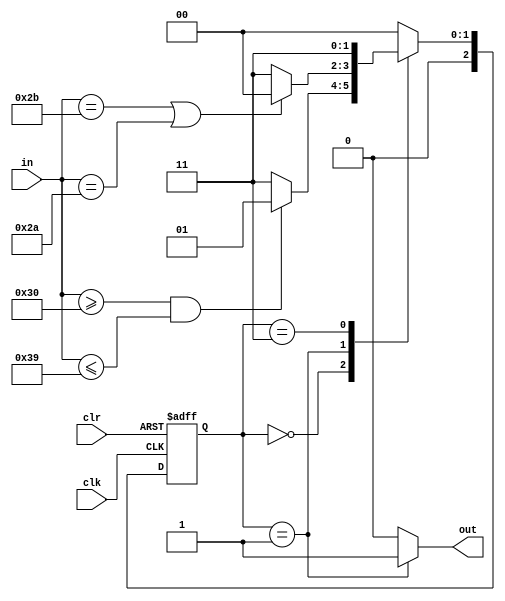
`timescale 1ns / 1ps
//////////////////////////////////////////////////////////////////////////////////
// Company: 
// Engineer: 
// 
// Design Name: 
// Module Name:    string 
// Project Name: 
// Target Devices: 
// Tool versions: 
// Description: 
//
// Dependencies: 
//
// Revision: 
// Revision 0.01 - File Created
// Additional Comments: 
//
//////////////////////////////////////////////////////////////////////////////////
module string(
    input clk,
    input clr,
    input [7:0] in,
    output out
    );
	 reg [2:0] state;
	 parameter s0 = 2'b00, s1 = 2'b01, s2 = 2'b11;
	 
	 assign out = (state == s1) ? 1'b1 : 1'b0;
	 
	 always @(posedge clk or posedge clr) begin
	     if (clr == 1'b1) begin
				state <= s0;
		  end else begin
		      case(state)
				    s0 : state <= (in >= "0" && in <= "9") ? s1 : s2;
					 s1 : state <= (in == "+" || in == "*") ? s0 : s2;
					 s2 : state <= s2;
					 default : state <= s0;
			   endcase
		  end
	 end
	 


endmodule